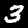
Label: 3